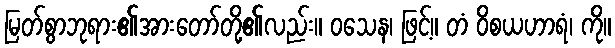
မြတ်စွာဘုရား၏အားတော်တို့၏လည်း။ ဝသေန၊ ဖြင့်။ တံ ဝိစယဟာရံ၊ ကို။